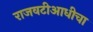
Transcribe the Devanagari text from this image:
राजवटीआधीचा